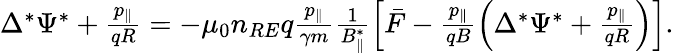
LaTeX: \begin{array}{r}{\Delta^{*}\Psi^{*}+\frac{p_{\| }}{qR}=-\mu_{0}n_{RE}q\frac{p_{\| }}{\gamma m}\frac{1}{B_{\| }^{*}}\left[\bar{F}-\frac{p_{\| }}{qB}\left(\Delta^{*}\Psi^{*}+\frac{p_{\| }}{qR}\right)\right].}\end{array}